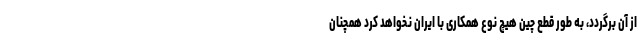
از آن برگردد، به طور قطع چین هیچ نوع همکاری با ایران نخواهد کرد همچنان